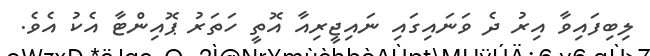
ލިބިފައިވާ އިރު ދެ ވަނައިގައި ނައިޖީރިއާ އޮތީ ހަތަރު ޕޮއިންޓާ އެކު އެވެ.